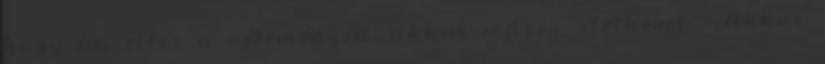
hogy ha eltér a véleményed, akkor máris "ítélkezel". Akkor